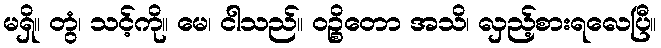
မရှိ။ တွံ၊ သင့်ကို။ မေ၊ ငါသည်။ ဝဉ္စိတော အသိ၊ လှည့်စားရလေပြီ။